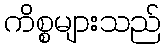
ကိစ္စများသည်